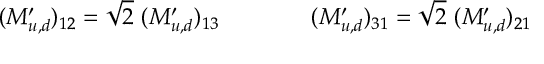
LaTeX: ( M _ { u , d } ^ { \prime } ) _ { 1 2 } = \sqrt 2 \, \, ( M _ { u , d } ^ { \prime } ) _ { 1 3 } \qquad \qquad ( M _ { u , d } ^ { \prime } ) _ { 3 1 } = \sqrt 2 \, \, ( M _ { u , d } ^ { \prime } ) _ { 2 1 }